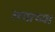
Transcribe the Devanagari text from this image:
तयाच्या